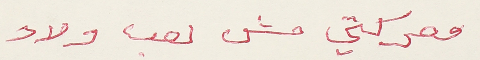
معركتي مش لعب ولاد